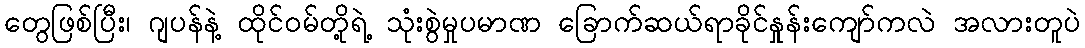
တွေဖြစ်ပြီး၊ ဂျပန်နဲ့ ထိုင်ဝမ်တို့ရဲ့ သုံးစွဲမှုပမာဏ ခြောက်ဆယ်ရာခိုင်နှုန်းကျော်ကလဲ အလားတူပဲ